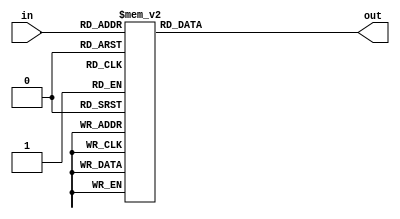
module rcon(
input [3:0] in,
output reg [31:0] out // output reg [3:0]  rcon [7:0] // can't do that ._. 
);

always @(*)
 case(in)
    4'h0: out=32'h01000000;
    4'h1: out=32'h02000000;
    4'h2: out=32'h04000000;
    4'h3: out=32'h08000000;
    4'h4: out=32'h10000000;
    4'h5: out=32'h20000000;
    4'h6: out=32'h40000000;
    4'h7: out=32'h80000000;
    4'h8: out=32'h1b000000;
    4'h9: out=32'h36000000;
    default: out=32'h00000000;
  endcase
endmodule